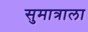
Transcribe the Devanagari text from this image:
सुमात्राला